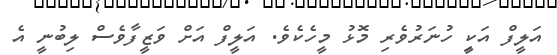
އަލީފް އަކިީ ހުނަރުވެރި މޮޅު މީހެކެވެ. އަލީފް އަށް ވަޒީފާވެސް ލިބުނީ އެ